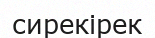
сирекірек